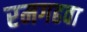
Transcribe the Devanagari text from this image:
रमगढवा